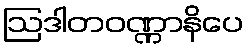
ဩဒါတဝဏ္ဏာနိပေ